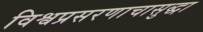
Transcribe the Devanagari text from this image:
विश्वप्रसरणाचासुद्धा